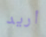
أريد